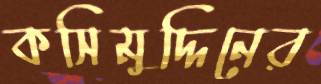
কসিমুদ্দিনের